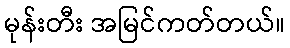
မုန်းတီး အမြင်ကတ်တယ်။